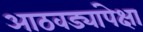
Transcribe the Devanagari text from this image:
आठवड्यांपेक्षा